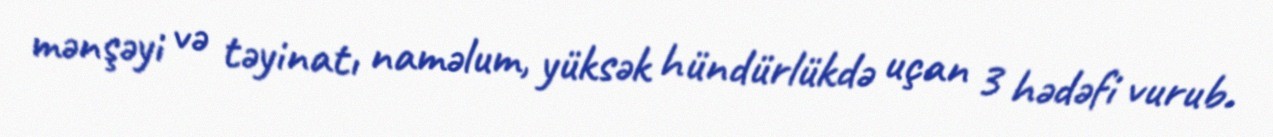
mənşəyi və təyinatı naməlum, yüksək hündürlükdə uçan 3 hədəfi vurub.